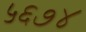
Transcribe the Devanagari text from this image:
५६७४